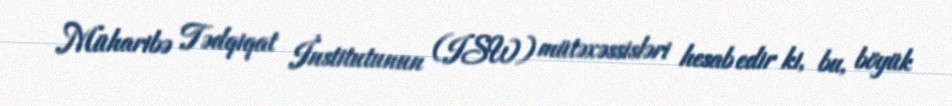
Müharibə Tədqiqat İnstitutunun (ISW) mütəxəssisləri hesab edir ki, bu, böyük